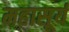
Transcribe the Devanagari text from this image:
महासूर्य